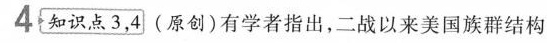
4 知识点3，4 (原创)有学者指出，二战以来美国族群结构